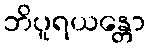
ဘိပူရယန္တော